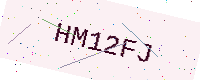
Text: HM12FJ